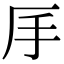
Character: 𠨾